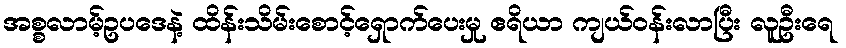
အစ္စလာမ့်ဥပဒေနဲ့ ထိန်းသိမ်းစောင့်ရှောက်ပေးမှု ဧရိယာ ကျယ်ဝန်းလာပြီး လူဦးရေ